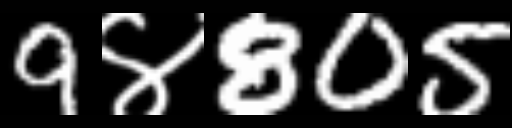
Text: 9४805